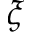
\xi